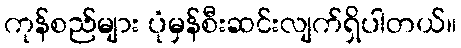
ကုန်စည်များ ပုံမှန်စီးဆင်းလျက်ရှိပါတယ်။